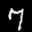
Label: 7